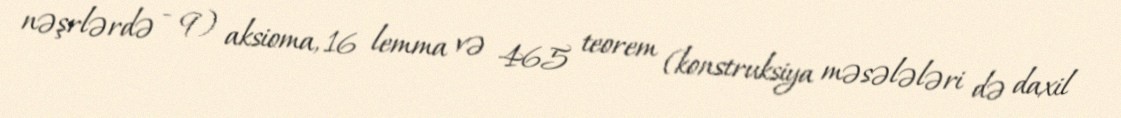
nəşrlərdə - 9) aksioma, 16 lemma və 465 teorem (konstruksiya məsələləri də daxil